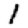
Digit: 1